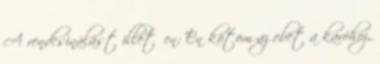
A rendcsinálást illetően: Én kötöm az ebet a karóhoz,